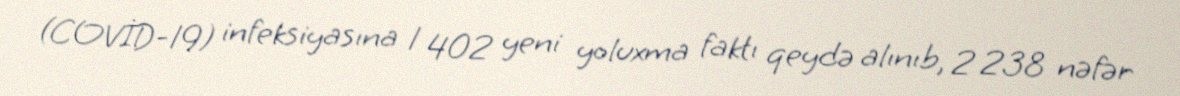
(COVİD-19) infeksiyasına 1 402 yeni yoluxma faktı qeydə alınıb, 2 238 nəfər